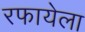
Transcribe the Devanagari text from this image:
रफायेला